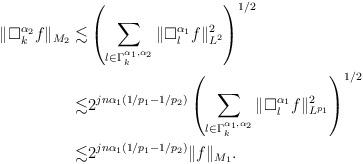
LaTeX: \begin{align*}\|\Box_k^{\alpha_2}f\|_{M_2} \lesssim& \left(\sum_{l\in\Gamma_k^{\alpha_1,\alpha_2}}\|\Box_l^{\alpha_1}f\|^2_{L^2}\right)^{1/2} \\\lesssim& 2^{jn\alpha_1(1/p_1-1/p_2)}\left(\sum_{l\in\Gamma_k^{\alpha_1,\alpha_2}}\|\Box_l^{\alpha_1}f\|^2_{L^{p_1}}\right)^{1/2}\\\lesssim& 2^{jn\alpha_1(1/p_1-1/p_2)}\|f\|_{M_1}.\end{align*}